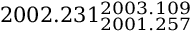
2 0 0 2 . 2 3 1 _ { 2 0 0 1 . 2 5 7 } ^ { 2 0 0 3 . 1 0 9 }